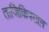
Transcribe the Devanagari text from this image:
ताजिकिस्ताऩ